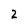
Character: 2